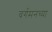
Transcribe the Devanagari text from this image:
बर्गमनच्या